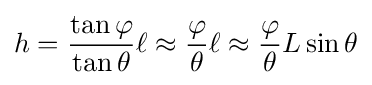
h={\frac {\tan \varphi }{\tan \theta }}\ell \approx {\frac {\varphi }{\theta }}\ell \approx {\frac {\varphi }{\theta }}L\sin \theta